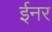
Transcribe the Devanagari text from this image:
ईनर